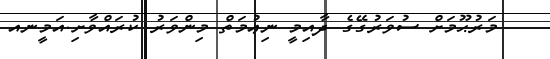
މަރުޙޫމަށް ސުވަރުގޭގެ ދާއިމީ ނިޢުމަތް މިންވަރު ކުރައްވާށި.އަމީނއ